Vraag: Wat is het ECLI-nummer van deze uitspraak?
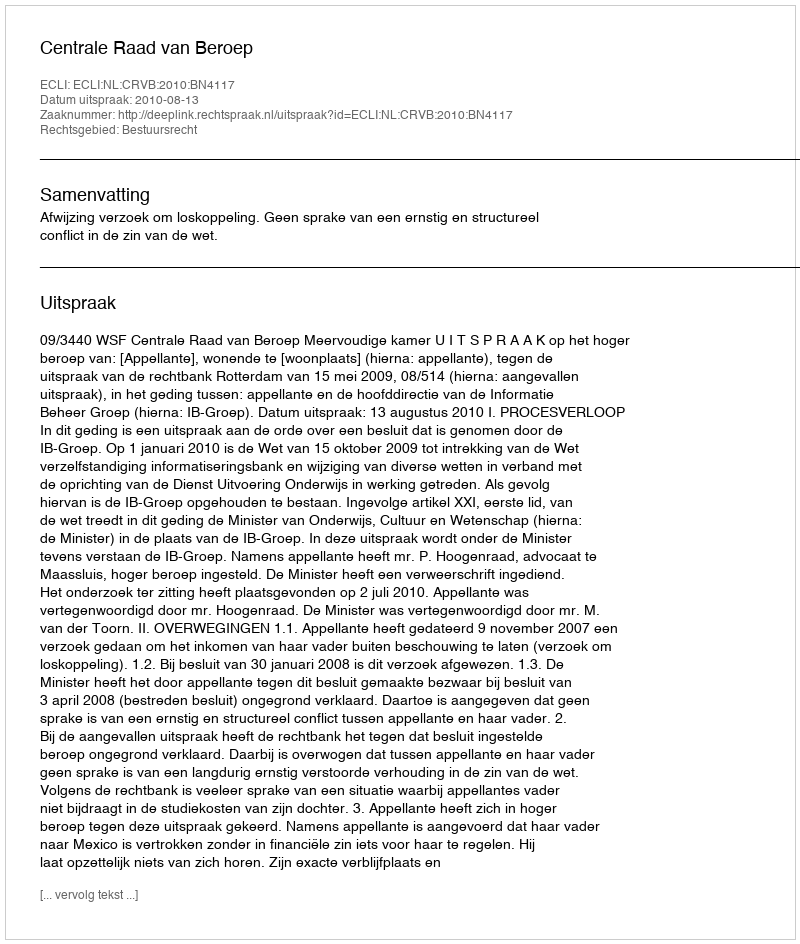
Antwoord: ECLI:NL:CRVB:2010:BN4117